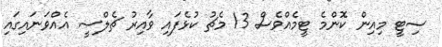
ސިޓީ މިއިން ކޮންމެ ޓީމެއްވެސް 13 މެޗު ކުޅެފައި ވާއިރު ޗެލްސީ އެއްވަނައިގައި